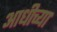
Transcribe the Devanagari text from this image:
आधीच्‍या